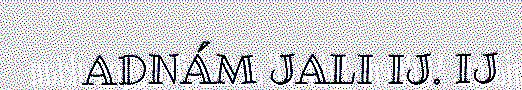
ADNÁM JALI IJ. IJ